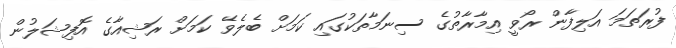
ފުރަތަމަ އަލިފާން ރޯވީ އިމާރާތުގެ ސިނަމާތަކުގައި ކަމަށް ބެލެވޭ ކަމަށް ރަޝިއާގެ އޮފިޝަލުން